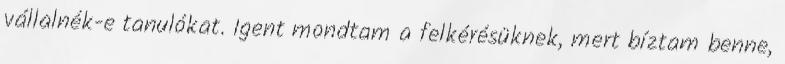
vállalnék-e tanulókat. Igent mondtam a felkérésüknek, mert bíztam benne,